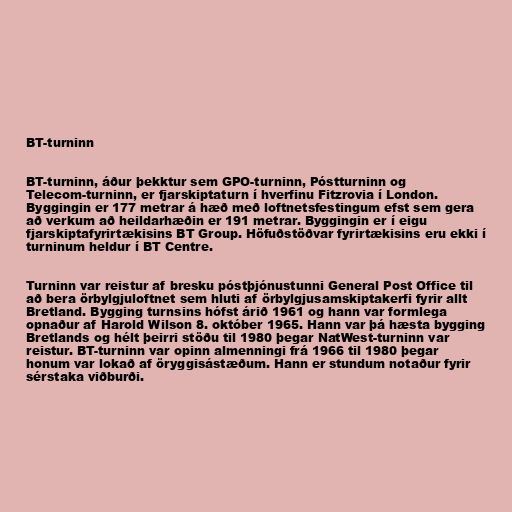
BT-turninn

BT-turninn, áður þekktur sem GPO-turninn, Póstturninn og
Telecom-turninn, er fjarskiptaturn í hverfinu Fitzrovia í London.
Byggingin er 177 metrar á hæð með loftnetsfestingum efst sem gera
að verkum að heildarhæðin er 191 metrar. Byggingin er í eigu
fjarskiptafyrirtækisins BT Group. Höfuðstöðvar fyrirtækisins eru ekki í
turninum heldur í BT Centre.

Turninn var reistur af bresku póstþjónustunni General Post Office til
að bera örbylgjuloftnet sem hluti af örbylgjusamskiptakerfi fyrir allt
Bretland. Bygging turnsins hófst árið 1961 og hann var formlega
opnaður af Harold Wilson 8. október 1965. Hann var þá hæsta bygging
Bretlands og hélt þeirri stöðu til 1980 þegar NatWest-turninn var
reistur. BT-turninn var opinn almenningi frá 1966 til 1980 þegar
honum var lokað af öryggisástæðum. Hann er stundum notaður fyrir
sérstaka viðburði.